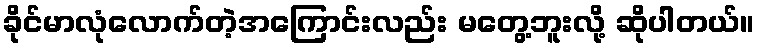
ခိုင်မာလုံလောက်တဲ့အကြောင်းလည်း မတွေ့ဘူးလို့ ဆိုပါတယ်။